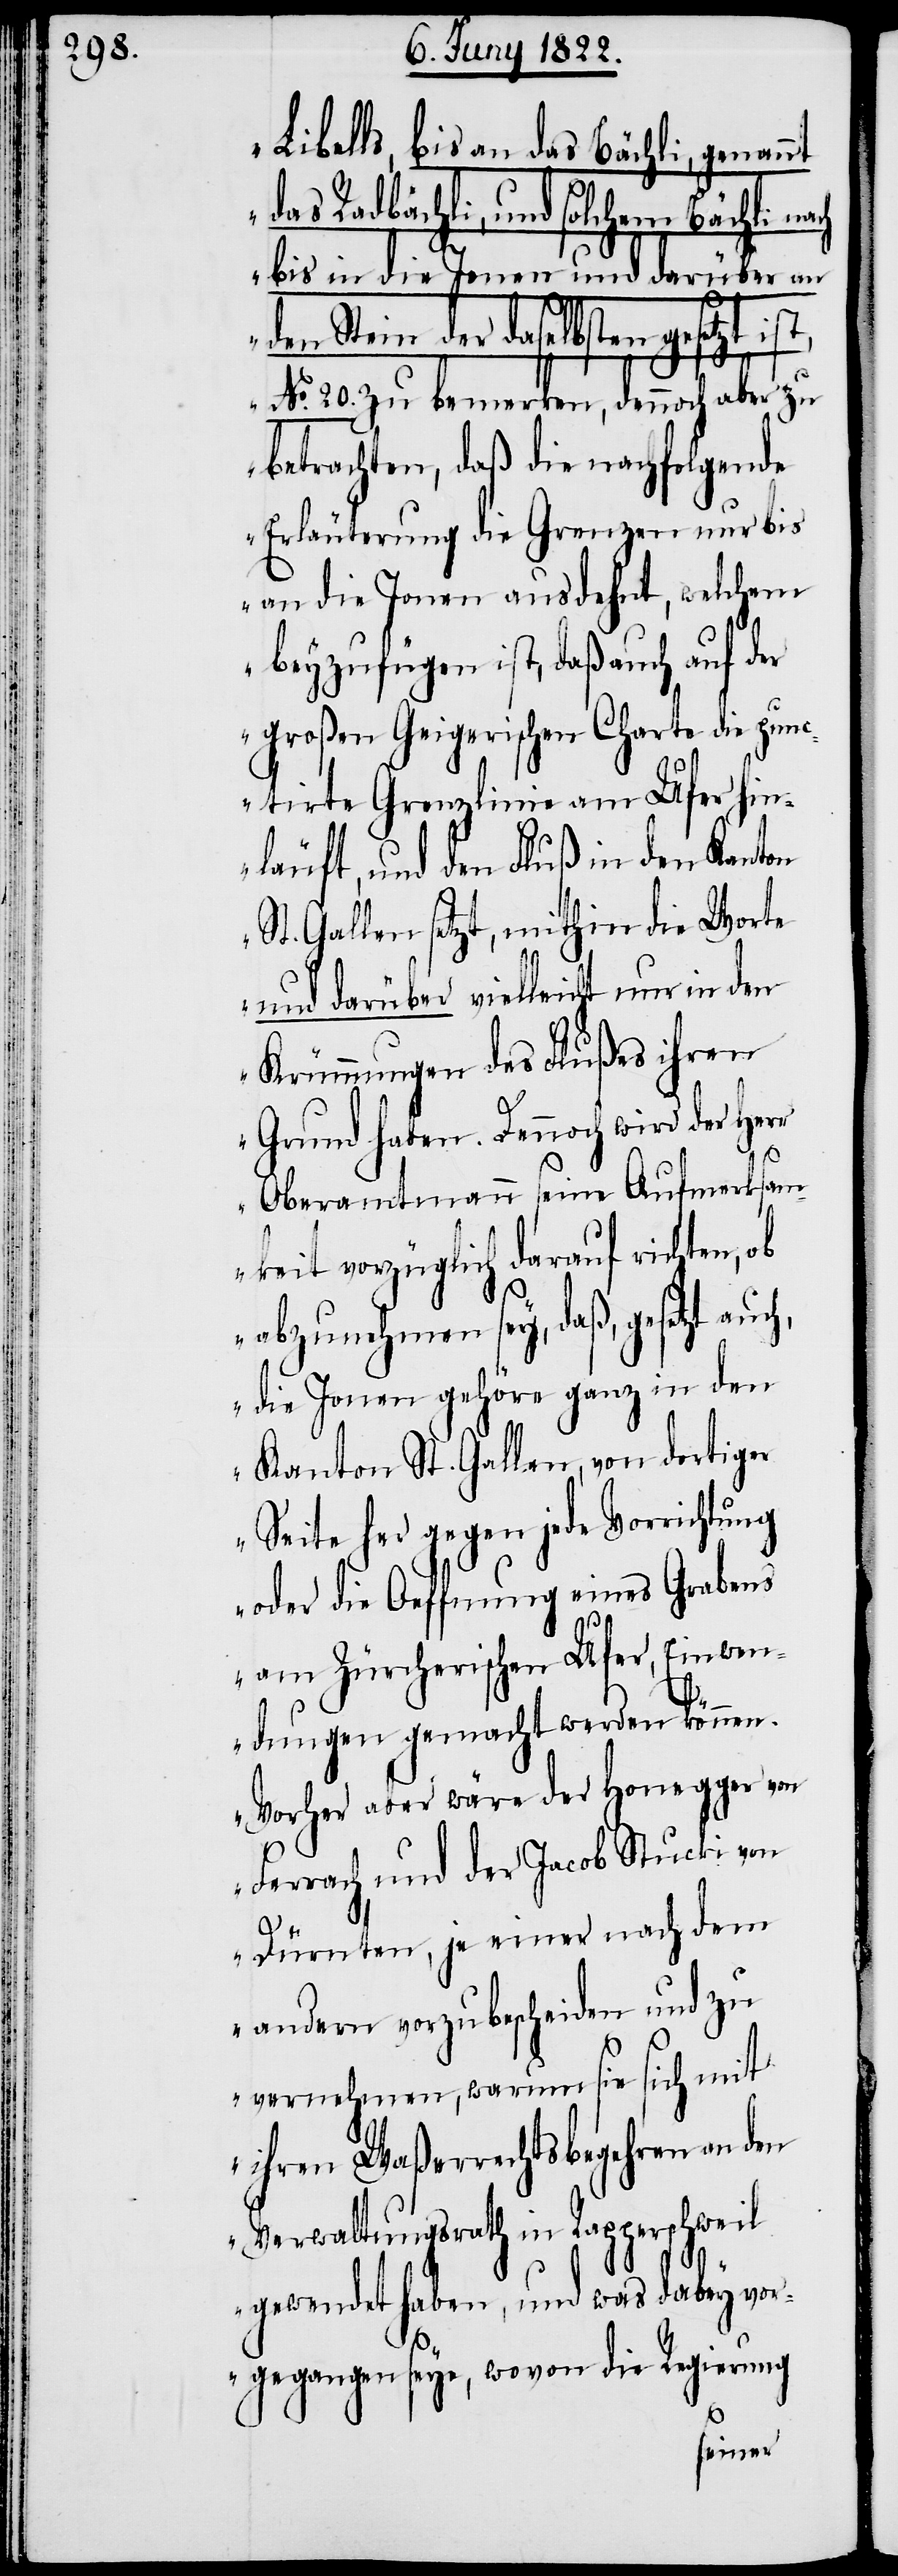
Libells, bis an das Bächli, genannt
das Radbächli, und solchem Bächli
bis an die Jonen und darüber an
den Stein der daselbsten gesetzt is¬
No. 20. zu bemerken, dennoch aber zu
betrachten, daß die nachfolgende
Erläuterung die Grenzen nur bis
an die Jonen ausdehnt, welchem
beyzufügen ist, daß auch auf der
großen Geigerischen Charte die pun¬
ctirte Grenzlinie am Ufer hin¬
läuft, und den Fluß in den Kanton
St. Gallen setzt, mithin die Worte
und darüber vielleicht nur in den
Krümmungen des Flußes ihren
Grund haben. Dennoch wird der Herr
t,
Oberamtmann seine Aufmerksam¬
keit vorzüglich darauf richten,
abzunehmen sey, daß, gesetzt
die Jonen gehöre ganz in den
Kanton St. Gallen, von dortiger
Seite her gegen jede Vorrichtung
oder die Oeffnung eines Grabens
am Zürcherischen Ufer, Einwen¬
dungen gemacht werden können.
Vorher aber wäre der Honegger am
Ferrach und der Jacob Stucki von
Dürnten, je einer nach dem
andern vorzubescheiden und zu
vernehmen, warum sie sich mit
ihren Waßerrechtsbegehren an den
Verwaltungsrath in Rapperschweil
gewendet haben, und was dabey vor¬
gegangen seye, wovon die Regierung